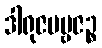
ဒါရုဇပဗ္ဗဇဉ္စ